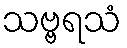
သဗ္ဗရသံ